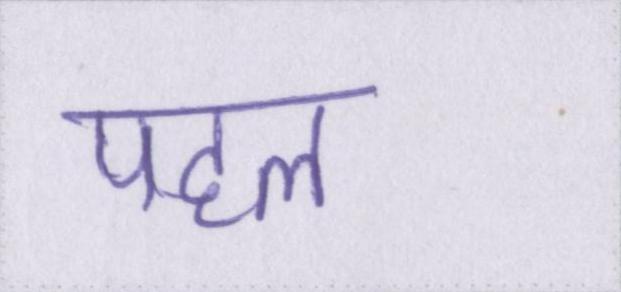
पहल